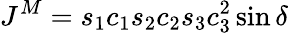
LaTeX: J^{M}=s_{1}c_{1}s_{2}c_{2}s_{3}c_{3}^{2}\sin\delta